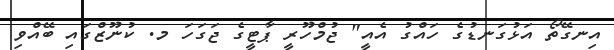
އިނގޭތޯ އަޅުގަނޑުގެ ހައްގު އެއީ" ޖުމްހޫރީ ޕާޓީގެ ޖަގަހަ މ. ކުނޫޒްގައި ބޭއްވި